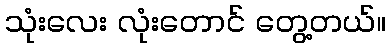
သုံးလေး လုံးတောင် တွေ့တယ်။